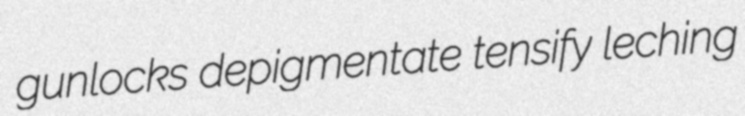
gunlocks depigmentate tensify leching